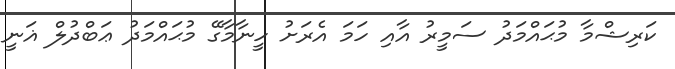
ކަރިޝްމާ މުޙައްމަދު ސަމީރު އާއި ހަމަ އެރަށު ހީނާމާގޭ މުޙައްމަދު ޢަބްދުލް ޣަނީ